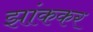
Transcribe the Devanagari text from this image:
झांककर